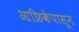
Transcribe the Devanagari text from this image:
आफ्रिकेपासून